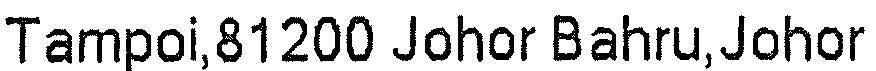
TAMPOI,81200 JOHOR BAHRU,JOHOR